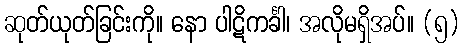
ဆုတ်ယုတ်ခြင်းကို။ နော ပါဋိကင်္ခါ၊ အလိုမရှိအပ်။ (၅)